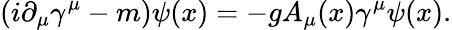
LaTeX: (i\partial_{\mu}\gamma^{\mu}-m)\psi(x)=-gA_{\mu}(x)\gamma^{\mu}\psi(x).